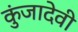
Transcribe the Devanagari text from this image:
कुंजादेवी